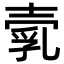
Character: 𡔵